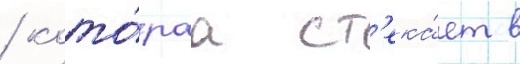
/ кото́раа ст'ека́ет в